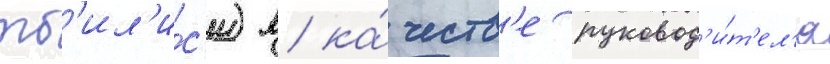
тб'ил'и́с'и) в ка́честв'е руковод'и́т'ел'я